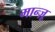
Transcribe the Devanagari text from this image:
मान्ज़ू